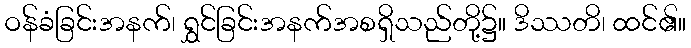
ဝန်ခံခြင်းအနက်၊ ရွှင်ခြင်းအနက်အစရှိသည်တို့၌။ ဒိဿတိ၊ ထင်၏။